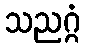
သညဂ္ဂံ